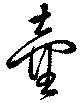
壷